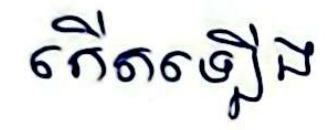
កើតឡើង